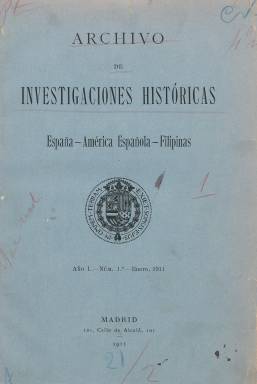
Título: Archivo de investigaciones históricas
Colección: Historia
Ámbito geográfico: Madrid
Lugar de publicación: Madrid
Fechas: 01/01/1911-31/12/1911

Revista fundada y dirigida por el médico de la Armada y bibliógrafo y bibliófilo aragonés Juan Manuel Sánchez Fernández (1874-), que editó durante el año 1911, en entregas entre las sesenta y las 140 páginas, compuestas a una columna, dedicadas a publicar monografías y extensos estudios y artículos sobre historia, preferentemente historia literaria y especialmente española, aunque lo hizo extensivo a la colonial, de ahí que en su cabecera indique como subtítulo “España, América española, Filipinas”.

La colección de este título está formada por entregas mensuales, que suman dos tomos semestrales para el año en el que se publicó, aunque la primera entrega del segundo semestre es bimestral (julio-agosto). La paginación es continuada para cada uno de los dos tomos. El primero, de 582 páginas, y el segundo, de 603. No inserta grabados, aunque en el primer número (enero) incluye la reproducción facsímil de un Pregón de tasas y jornales, impreso en Zaragoza en 1553. Además del correspondiente sumario en cada entrega, al final de cada tomo elabora su correspondiente índice.

Entre otros trabajos, Blanca de los Ríos de Lampérez publica un trabajo sobre el Don Juan, de Tirso; Julio Puyol, otro sobre el Cantar de gesta de Don Sancho I de Castilla; Juan Givanel, un estudio crítico de la novela caballeresca Tirant lo Blanch; Luis Tramoyeres Blasco, otro sobre el Colegio de Pintores en Valencia; M.R. Foulché-Delbosc, las Cartas de don Diego Hurtado de Mendoza; Vicente Lampérez y Romea, sobre Un programa para la historia de la arquitectura civil española, o Cristóbal Espejo, sobre El interés del dinero en los reinos españoles bajo los tres primeros Austrias.

Así mismo, M. Camille Pitollet publica en francés un comentario sobre el sistema métrico decimal. Otros autores son Andrés Jiménez Soler, Leo Rouanet, Alfred Stern o Adolfo Bonilla San Martín. La única sección fija, que inicia en el tercer número, es la denominada Bibliografía histórica, o relación de libros recibidos. La revista fue estampada en la madrileña Imprenta de Fortanet.